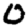
Digit: 0